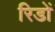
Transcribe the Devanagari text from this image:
रिडों